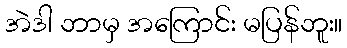
အဲဒါ ဘာမှ အကြောင်း မပြန်ဘူး။